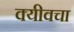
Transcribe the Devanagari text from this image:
क्यीवचा